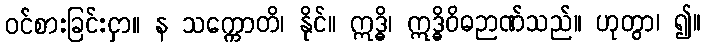
ဝင်စားခြင်းငှာ။ န သက္ကောတိ၊ နိုင်။ ဣဒ္ဓိ၊ ဣဒ္ဓိဝိဓဉာဏ်သည်။ ဟုတွာ၊ ၍။